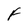
Character: F